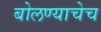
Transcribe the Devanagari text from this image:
बोलण्याचेच